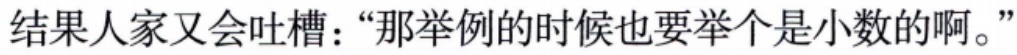
结果人家又会吐槽：“那举例的时候也要举个是小数的啊。”